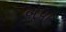
બૂપા